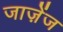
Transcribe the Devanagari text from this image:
जाज़ेंज